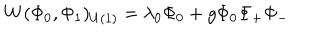
W ( \Phi _ { 0 } , \Phi _ { 1 } ) _ { U ( 1 ) } = \lambda _ { 0 } \Phi _ { 0 } + g \Phi _ { 0 } \Phi _ { + } \Phi _ { - }